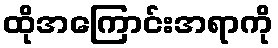
ထိုအကြောင်းအရာကို